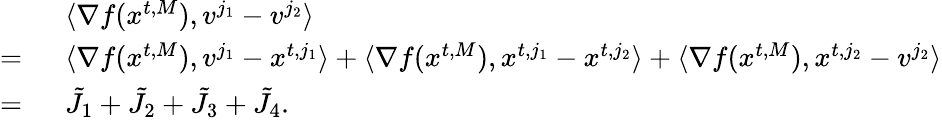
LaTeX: \begin{array}{rl}&{\langle\nabla f({x}^{t,M}),{v}^{j_{1}}-{v}^{j_{2}}\rangle}\\ {=\ }&{\langle\nabla f({x}^{t,M}),{v}^{j_{1}}-{x}^{t,j_{1}}\rangle+\langle\nabla f({x}^{t,M}),{x}^{t,j_{1}}-{x}^{t,j_{2}}\rangle+\langle\nabla f({x}^{t,M}),{x}^{t,j_{2}}-{v}^{j_{2}}\rangle}\\ {=\ }&{\tilde{J}_{1}+\tilde{J}_{2}+\tilde{J}_{3}+\tilde{J}_{4}.}\end{array}